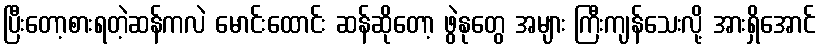
ပြီးတော့စားရတဲ့ဆန်ကလဲ မောင်းထောင်း ဆန်ဆိုတော့ ဖွဲနုတွေ အများ ကြီးကျန်သေးလို့ အားရှိအောင်